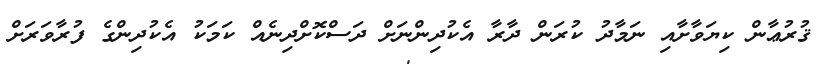
ޤުރުޢާން ކިޔަވާށާއި ނަމާދު ކުރަން ދާރާ އެކުދިންނަށް ދަސްކޮށްދިނެއް ކަމަކު އެކުދިންގެ ފުރާވަރަށް